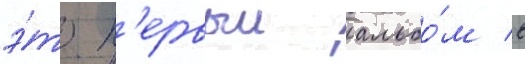
э́то п'ервыи альбо́м в